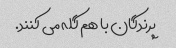
پرندگان با هم گله می کنند.